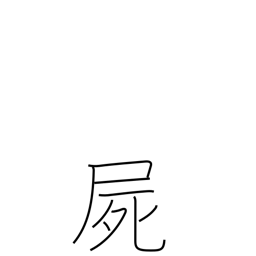
Meaning: corpse